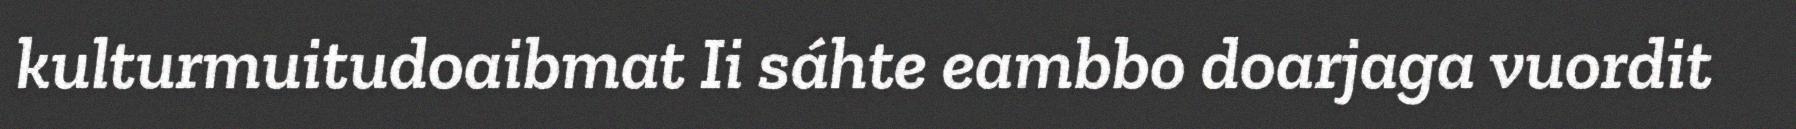
kulturmuitudoaibmat Ii sáhte eambbo doarjaga vuordit